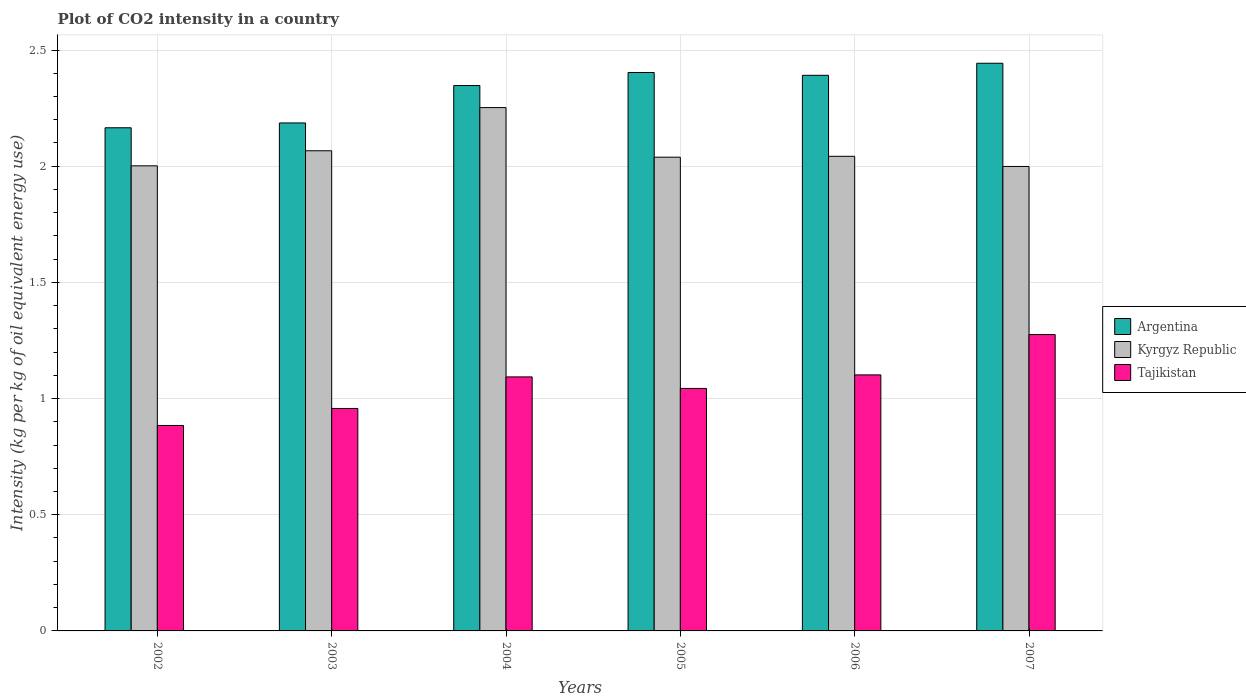
| Years | Argentina | Kyrgyz Republic | Tajikistan |
 | --- | --- | --- | --- |
 | 2002 | 2.17 | 2 | 0.884 |
 | 2003 | 2.19 | 2.07 | 0.957 |
 | 2004 | 2.35 | 2.25 | 1.09 |
 | 2005 | 2.4 | 2.04 | 1.04 |
 | 2006 | 2.39 | 2.04 | 1.1 |
 | 2007 | 2.44 | 2 | 1.28 |